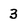
Character: 3